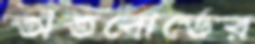
তাঁতবোর্ডের